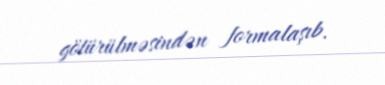
götürülməsindən formalaşıb.